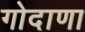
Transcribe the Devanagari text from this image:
गोदाणा